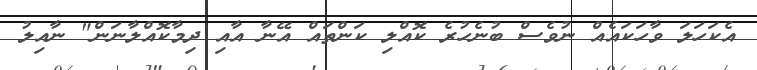
އެކަހަލަ ވާހަކައެއް ނުވެސް ބުނެހުރެ ކޮއްލި ކަންތައް އޭނާ އާއި ދިމާކޮއްލާނަން" ނާއިލު